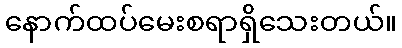
နောက်ထပ်မေးစရာရှိသေးတယ်။